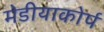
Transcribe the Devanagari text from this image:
मेडीयाकोर्प